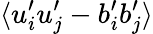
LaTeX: \langle u_{i}^{\prime}u_{j}^{\prime}-b_{i}^{\prime}b_{j}^{\prime}\rangle